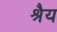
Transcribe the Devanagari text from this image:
श्रैय